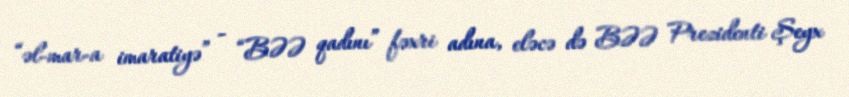
“əl-mar-a imaratiyə” - “BƏƏ qadını” fəxri adına, eləcə də BƏƏ Prezidenti Şeyx